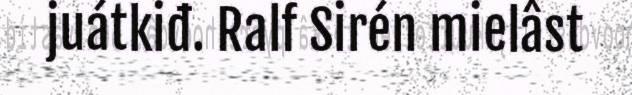
juátkiđ. Ralf Sirén mielâst